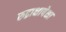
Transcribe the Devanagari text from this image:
रुद्राक्षापेक्षा